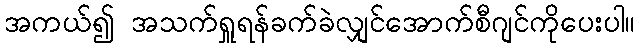
အကယ်၍ အသက်ရှူရန်ခက်ခဲလျှင်အောက်စီဂျင်ကိုပေးပါ။